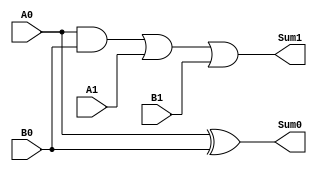
module Sum_str(A1,A0,B1,B0,Sum1,Sum0);
	input A1,A0,B1,B0;
	output Sum1,Sum0;

	and U0(w0,A0,B0);
	or U1(Sum1,w0,A1,B1);

	xor U2(Sum0,A0,B0);
endmodule